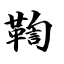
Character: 鞫